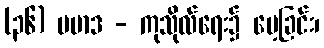
(၃၆) ပမာဒ - ကုသိုလ်ရေး၌ မေ့ခြင်း၊